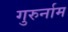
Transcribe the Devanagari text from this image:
गुरुर्नाम